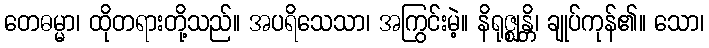
တေဓမ္မာ၊ ထိုတရားတို့သည်။ အပရိသေသာ၊ အကြွင်းမဲ့။ နိရုဇ္ဈန္တိ၊ ချုပ်ကုန်၏။ သော၊